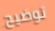
توضيح